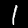
Label: 1